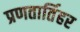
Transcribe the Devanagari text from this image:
प्रणतार्तिहर